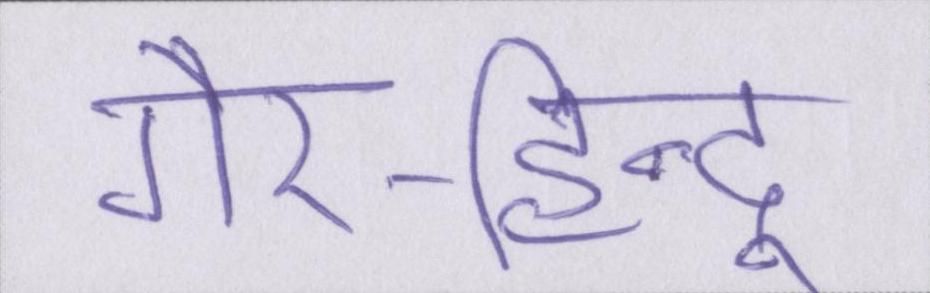
गैर-हिन्दू